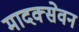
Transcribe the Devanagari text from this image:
मादक्सेवन